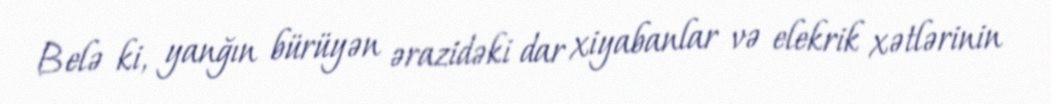
Belə ki, yanğın bürüyən ərazidəki dar xiyabanlar və elekrik xətlərinin